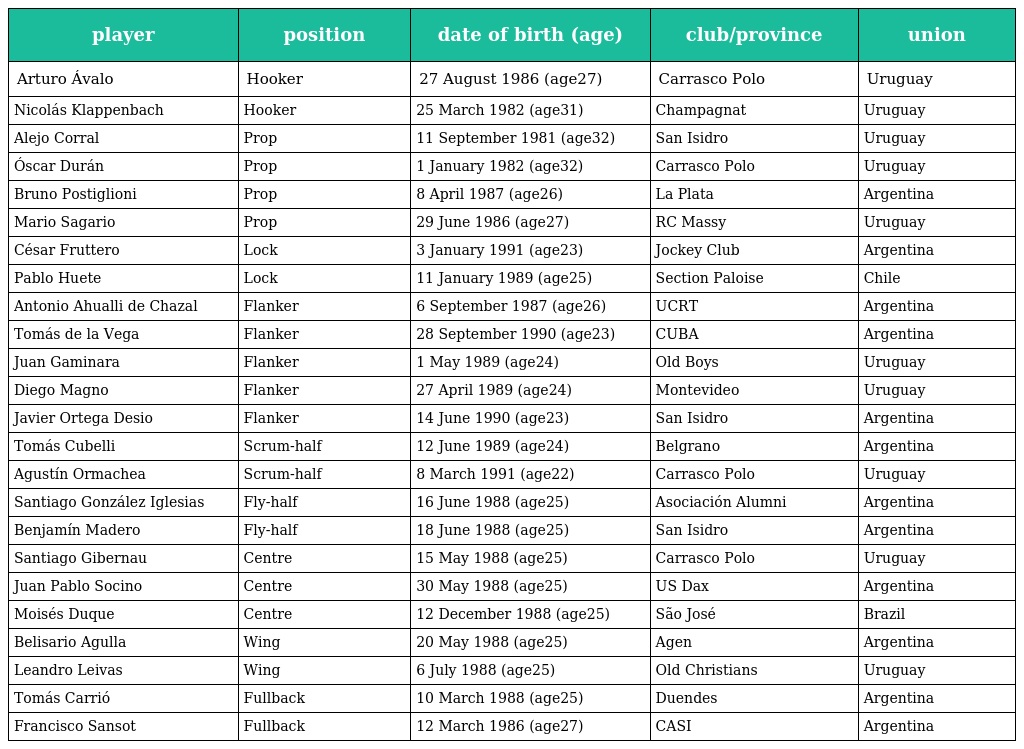
| player | position | date of birth (age) | club/province | union |
 | --- | --- | --- | --- | --- |
 | Arturo Ávalo | Hooker | 27 August 1986 (age27) | Carrasco Polo | Uruguay |
 | Nicolás Klappenbach | Hooker | 25 March 1982 (age31) | Champagnat | Uruguay |
 | Alejo Corral | Prop | 11 September 1981 (age32) | San Isidro | Uruguay |
 | Óscar Durán | Prop | 1 January 1982 (age32) | Carrasco Polo | Uruguay |
 | Bruno Postiglioni | Prop | 8 April 1987 (age26) | La Plata | Argentina |
 | Mario Sagario | Prop | 29 June 1986 (age27) | RC Massy | Uruguay |
 | César Fruttero | Lock | 3 January 1991 (age23) | Jockey Club | Argentina |
 | Pablo Huete | Lock | 11 January 1989 (age25) | Section Paloise | Chile |
 | Antonio Ahualli de Chazal | Flanker | 6 September 1987 (age26) | UCRT | Argentina |
 | Tomás de la Vega | Flanker | 28 September 1990 (age23) | CUBA | Argentina |
 | Juan Gaminara | Flanker | 1 May 1989 (age24) | Old Boys | Uruguay |
 | Diego Magno | Flanker | 27 April 1989 (age24) | Montevideo | Uruguay |
 | Javier Ortega Desio | Flanker | 14 June 1990 (age23) | San Isidro | Argentina |
 | Tomás Cubelli | Scrum-half | 12 June 1989 (age24) | Belgrano | Argentina |
 | Agustín Ormachea | Scrum-half | 8 March 1991 (age22) | Carrasco Polo | Uruguay |
 | Santiago González Iglesias | Fly-half | 16 June 1988 (age25) | Asociación Alumni | Argentina |
 | Benjamín Madero | Fly-half | 18 June 1988 (age25) | San Isidro | Argentina |
 | Santiago Gibernau | Centre | 15 May 1988 (age25) | Carrasco Polo | Uruguay |
 | Juan Pablo Socino | Centre | 30 May 1988 (age25) | US Dax | Argentina |
 | Moisés Duque | Centre | 12 December 1988 (age25) | São José | Brazil |
 | Belisario Agulla | Wing | 20 May 1988 (age25) | Agen | Argentina |
 | Leandro Leivas | Wing | 6 July 1988 (age25) | Old Christians | Uruguay |
 | Tomás Carrió | Fullback | 10 March 1988 (age25) | Duendes | Argentina |
 | Francisco Sansot | Fullback | 12 March 1986 (age27) | CASI | Argentina |